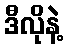
ဒီလိုနဲ့